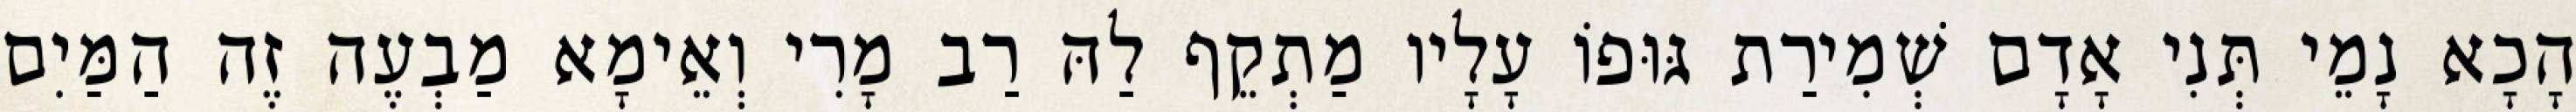
הָכָא נָמֵי תְּנִי אָדָם שְׁמִירַת גּוּפוֹ עָלָיו מַתְקֵף לַהּ רַב מָרִי וְאֵימָא מַבְעֶה זֶה הַמַּיִם